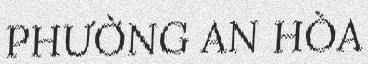
PHƯỜNG AN HÒA